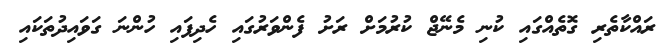
ރައްކާތެރި ގޮތެއްގައި ކުނި މެނޭޖް ކުރުމަށް ރަށު ފެންވަރުގައި ހެދިފައި ހުންނަ ގަވައިދުތަކައި